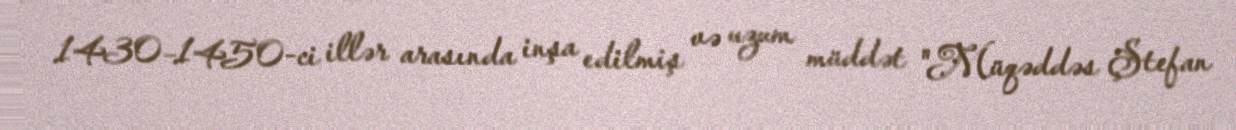
1430–1450-ci illər arasında inşa edilmiş və uzum müddət "Müqəddəs Ştefan